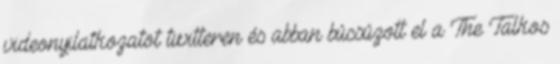
videonyilatkozatot twitteren és abban búcsúzott el a The Talkos